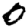
Digit: 0